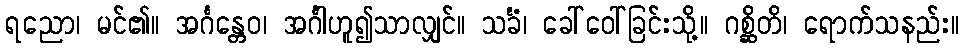
ရညော၊ မင်၏။ အင်္ဂန္တေဝ၊ အင်္ဂါဟူ၍သာလျှင်။ သင်္ခံ၊ ခေါ်ဝေါ်ခြင်းသို့။ ဂစ္ဆိတိ၊ ရောက်သနည်း။